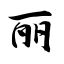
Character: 丽